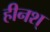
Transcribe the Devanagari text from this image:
हीनश्